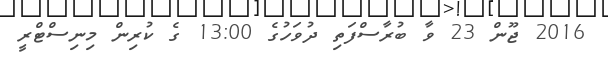
2016 ޖޫން 23 ވާ ބުރާސްފަތި ދުވަހުގެ 13:00 ގެ ކުރިން މިނިސްޓްރީ